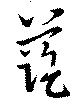
藍